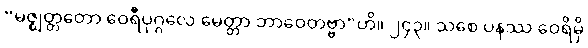
“မဇ္ဈတ္တတော ဝေရီပုဂ္ဂလေ မေတ္တာ ဘာဝေတဗ္ဗာ”တိ။ ၂၄၃။ သစေ ပနဿ ဝေရိမှိ